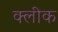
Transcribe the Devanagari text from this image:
क्लीक